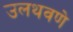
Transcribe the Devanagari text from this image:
उलथवणे